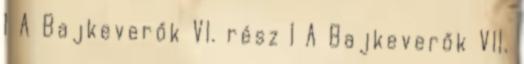
1 A Bajkeverők VI. rész 1 A Bajkeverők VII.